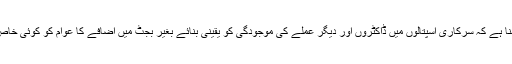
تاہم، ناقدین کا کہنا ہے کہ سرکاری اسپتالوں میں ڈاکٹروں اور دیگر عملے کی موجودگی کو یقینی بنائے بغیر بجٹ میں اضافے کا عوام کو کوئی خاص فائدہ نہیں ہوگا۔